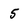
Character: 5